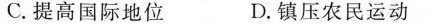
C. 提高国际地位 D. 镇压农民运动